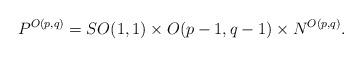
LaTeX: \begin{align*} P^{O(p,q)} = SO(1,1)\times O(p-1,q-1)\times N^{O(p,q)}.\end{align*}